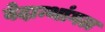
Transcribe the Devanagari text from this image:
वेदान्थांगल